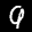
Label: 9